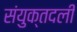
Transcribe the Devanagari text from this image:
संयुक्तदली